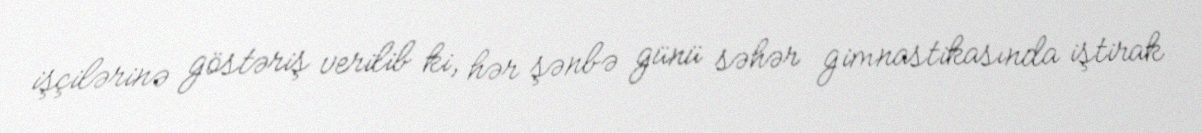
işçilərinə göstəriş verilib ki, hər şənbə günü səhər gimnastikasında iştirak